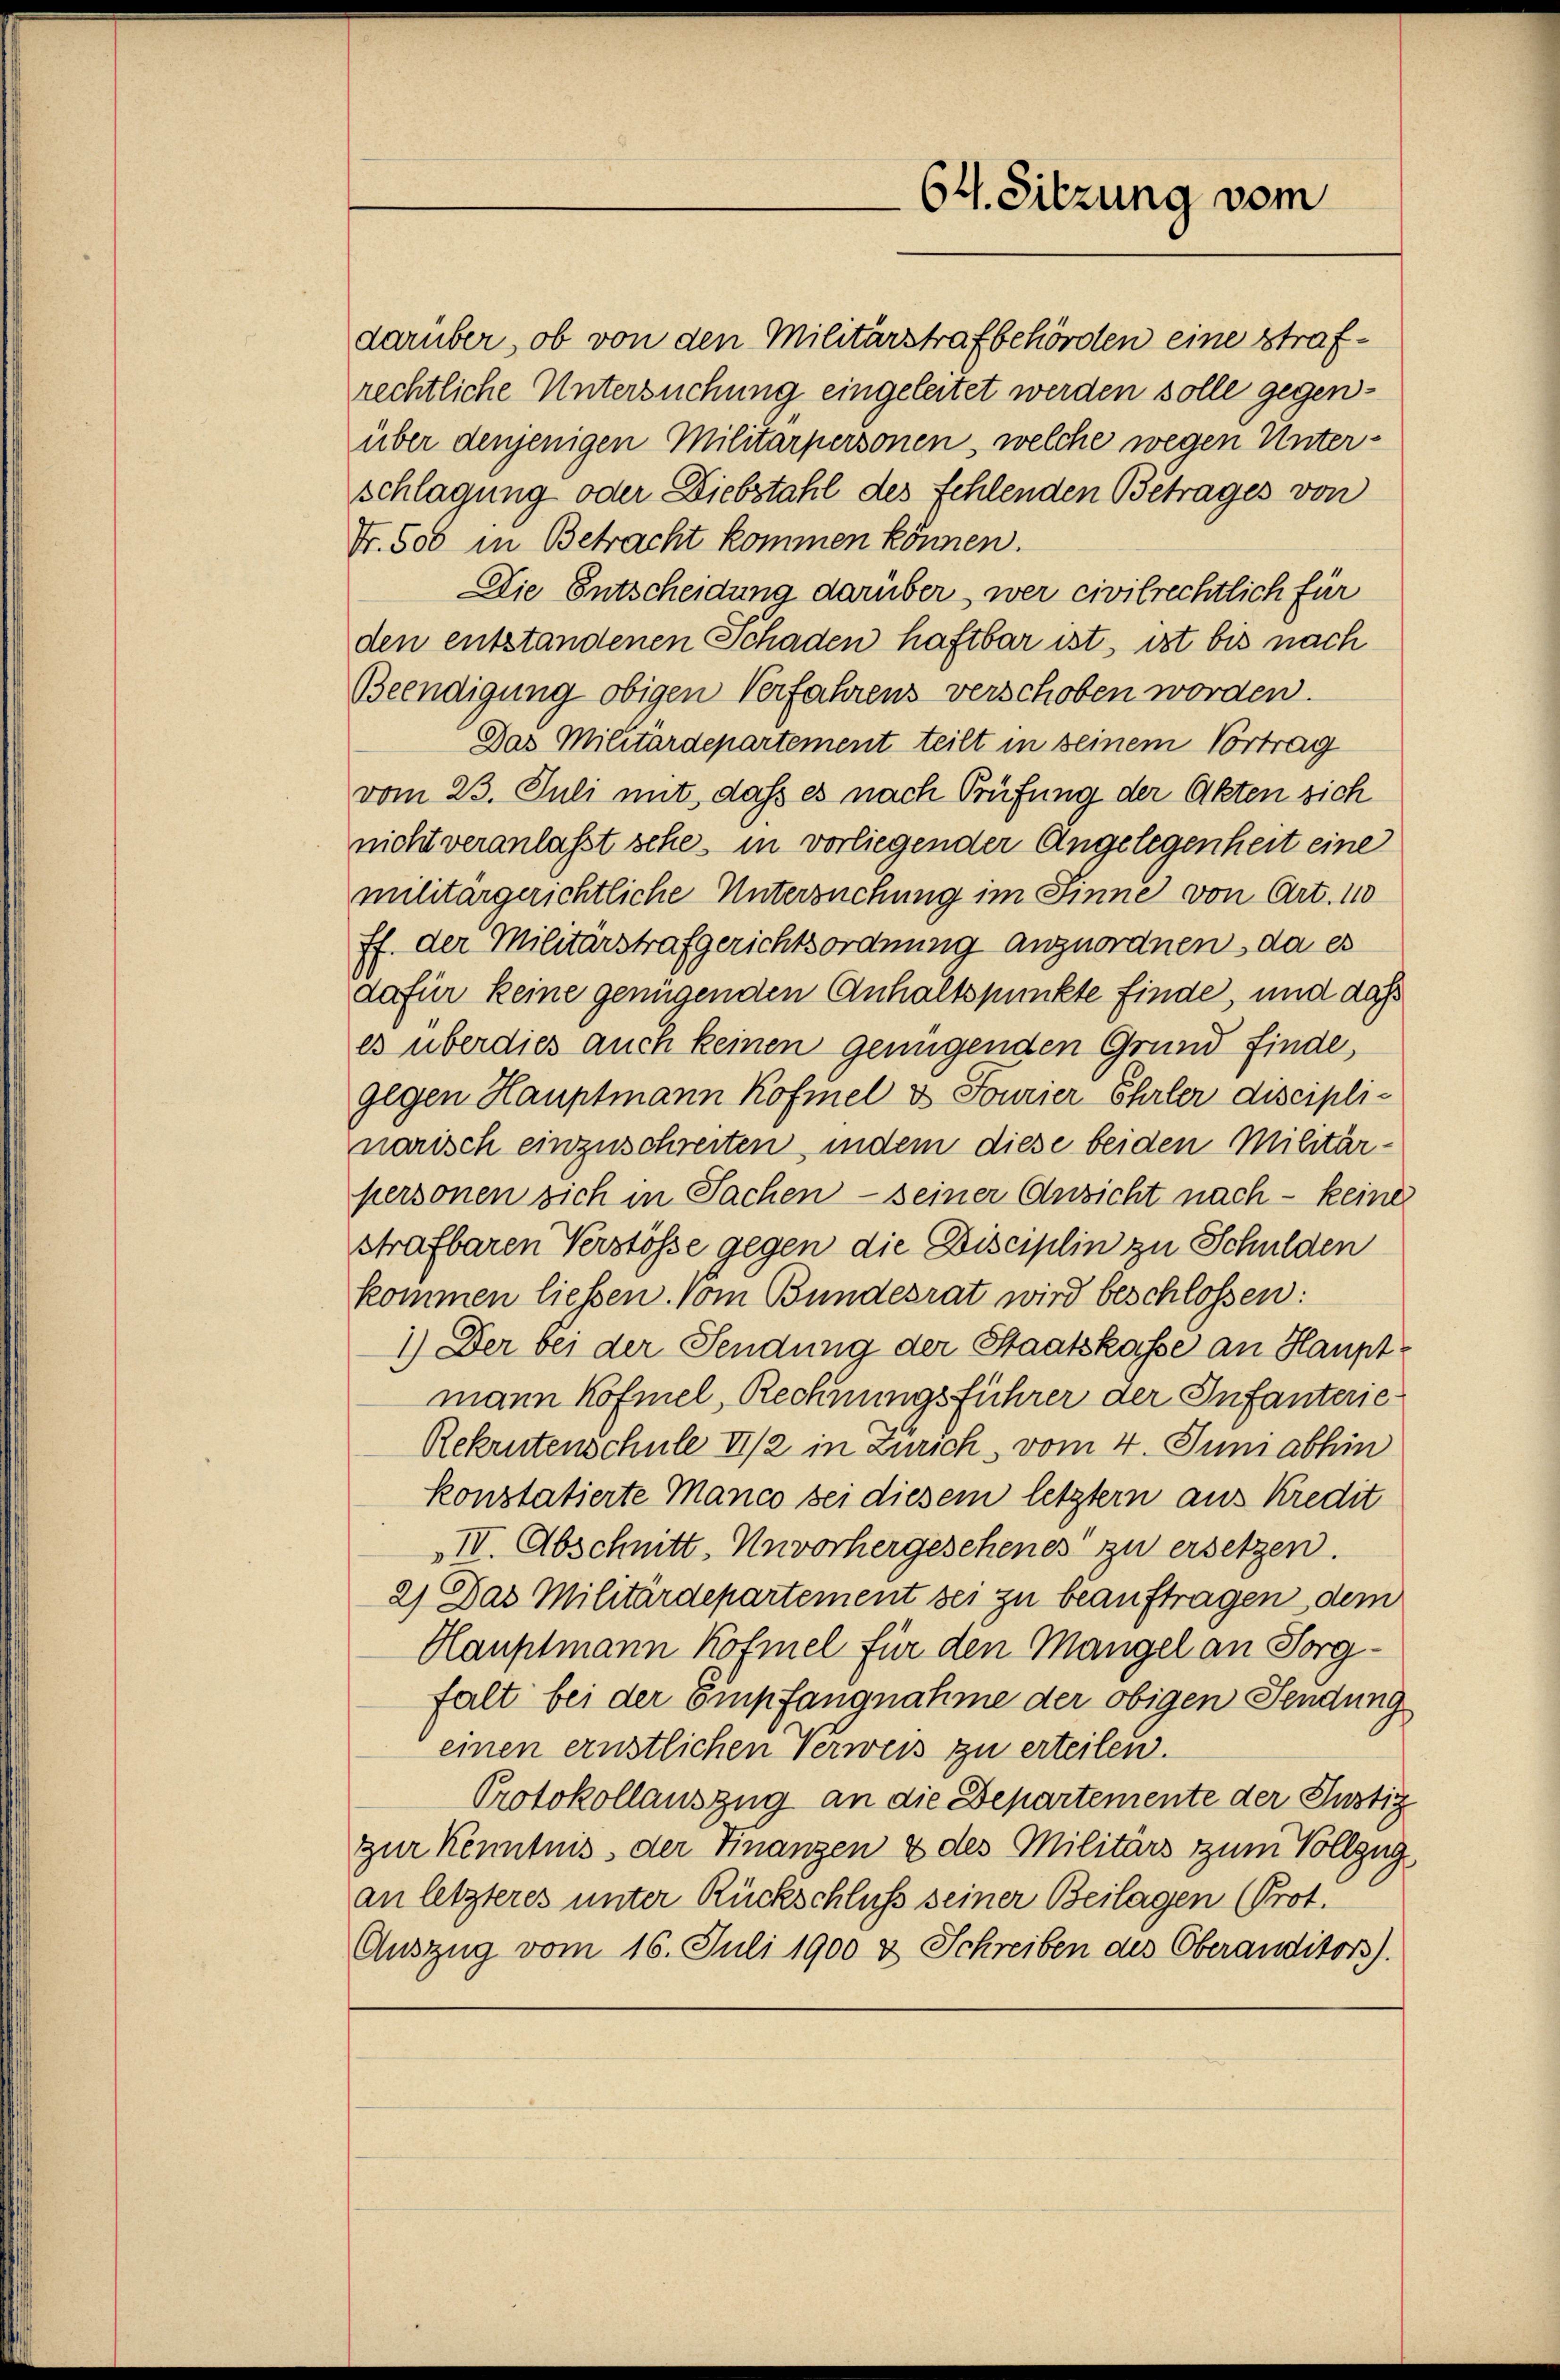
darüber, ob von den Militärstrafbehörden eine Strafrechtliche Untersuchung eingeleitet werden solle gegenüber denjenigen Militärpersonen, welche wegen Unterschlagung oder Diebstahl des fehlenden Betrages von
Fr. 500 in Betracht kommen können.
Die Entscheidung darüber, wer civilrechtlich für
den entstandenen Schaden haftbar ist, ist bis nach
Beendigung obigen Verfahrens verschoben worden.
Das Militärdepartement teilt in seinem Vortrag
vom 23. Juli mit, daß es nach Prüfung der Akten sich
nicht veranlasst sehe, in vorliegender Angelegenheit eine
militärgerichtliche Untersuchung im Sinne von Art. 110
ff. der Militärstrafgerichtsordnung anzuordnen, da es
dafür keine genügenden Anhaltspunkte finde, und daß
es überdies auch keinen genügenden Grund finde,
gegen Hauptmann Kofmel & Fourier Ehrler disciplinarisch einzuschreiten, indem diese beiden Militärpersonen sich in Sachen - seiner Ansicht nach – keine
strafbaren Verstösse gegen die Disciplin zu Schulden
kommen liessen. Vom Bundesrat wird beschlossen:
1.) Der bei der Sendung der Staatskasse an Hauptmann Köfmel, Rechnungsführer der Infanterie
Rekrutenschule II/2 in Zürich, vom 4. Juni abhin
konstatierte Manco bei diesem letztern aus Kredit
IV Abschnitt. Unvorhergesehenes zu ersetzen.
2) Das Militärdepartement sei zu beauftragen dem
Hauptmann Köfmel für den Mangel an Sorgfalt bei der empfangnahme der obigen Sendung
einen ernstlichen Verweis zu erteilen.
Protokollauszug an die Departemente der Justig
zur Kenntnis der Finanzen & des Militärs zum Vollzug
an letzteres unter Rückschluß seiner Beilagen (Prot.
Auszug vom 16. Juli 1900 & Schreiben des Oberanditors).

64. Sitzung vom